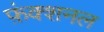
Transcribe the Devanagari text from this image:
फ़ंक्शनल